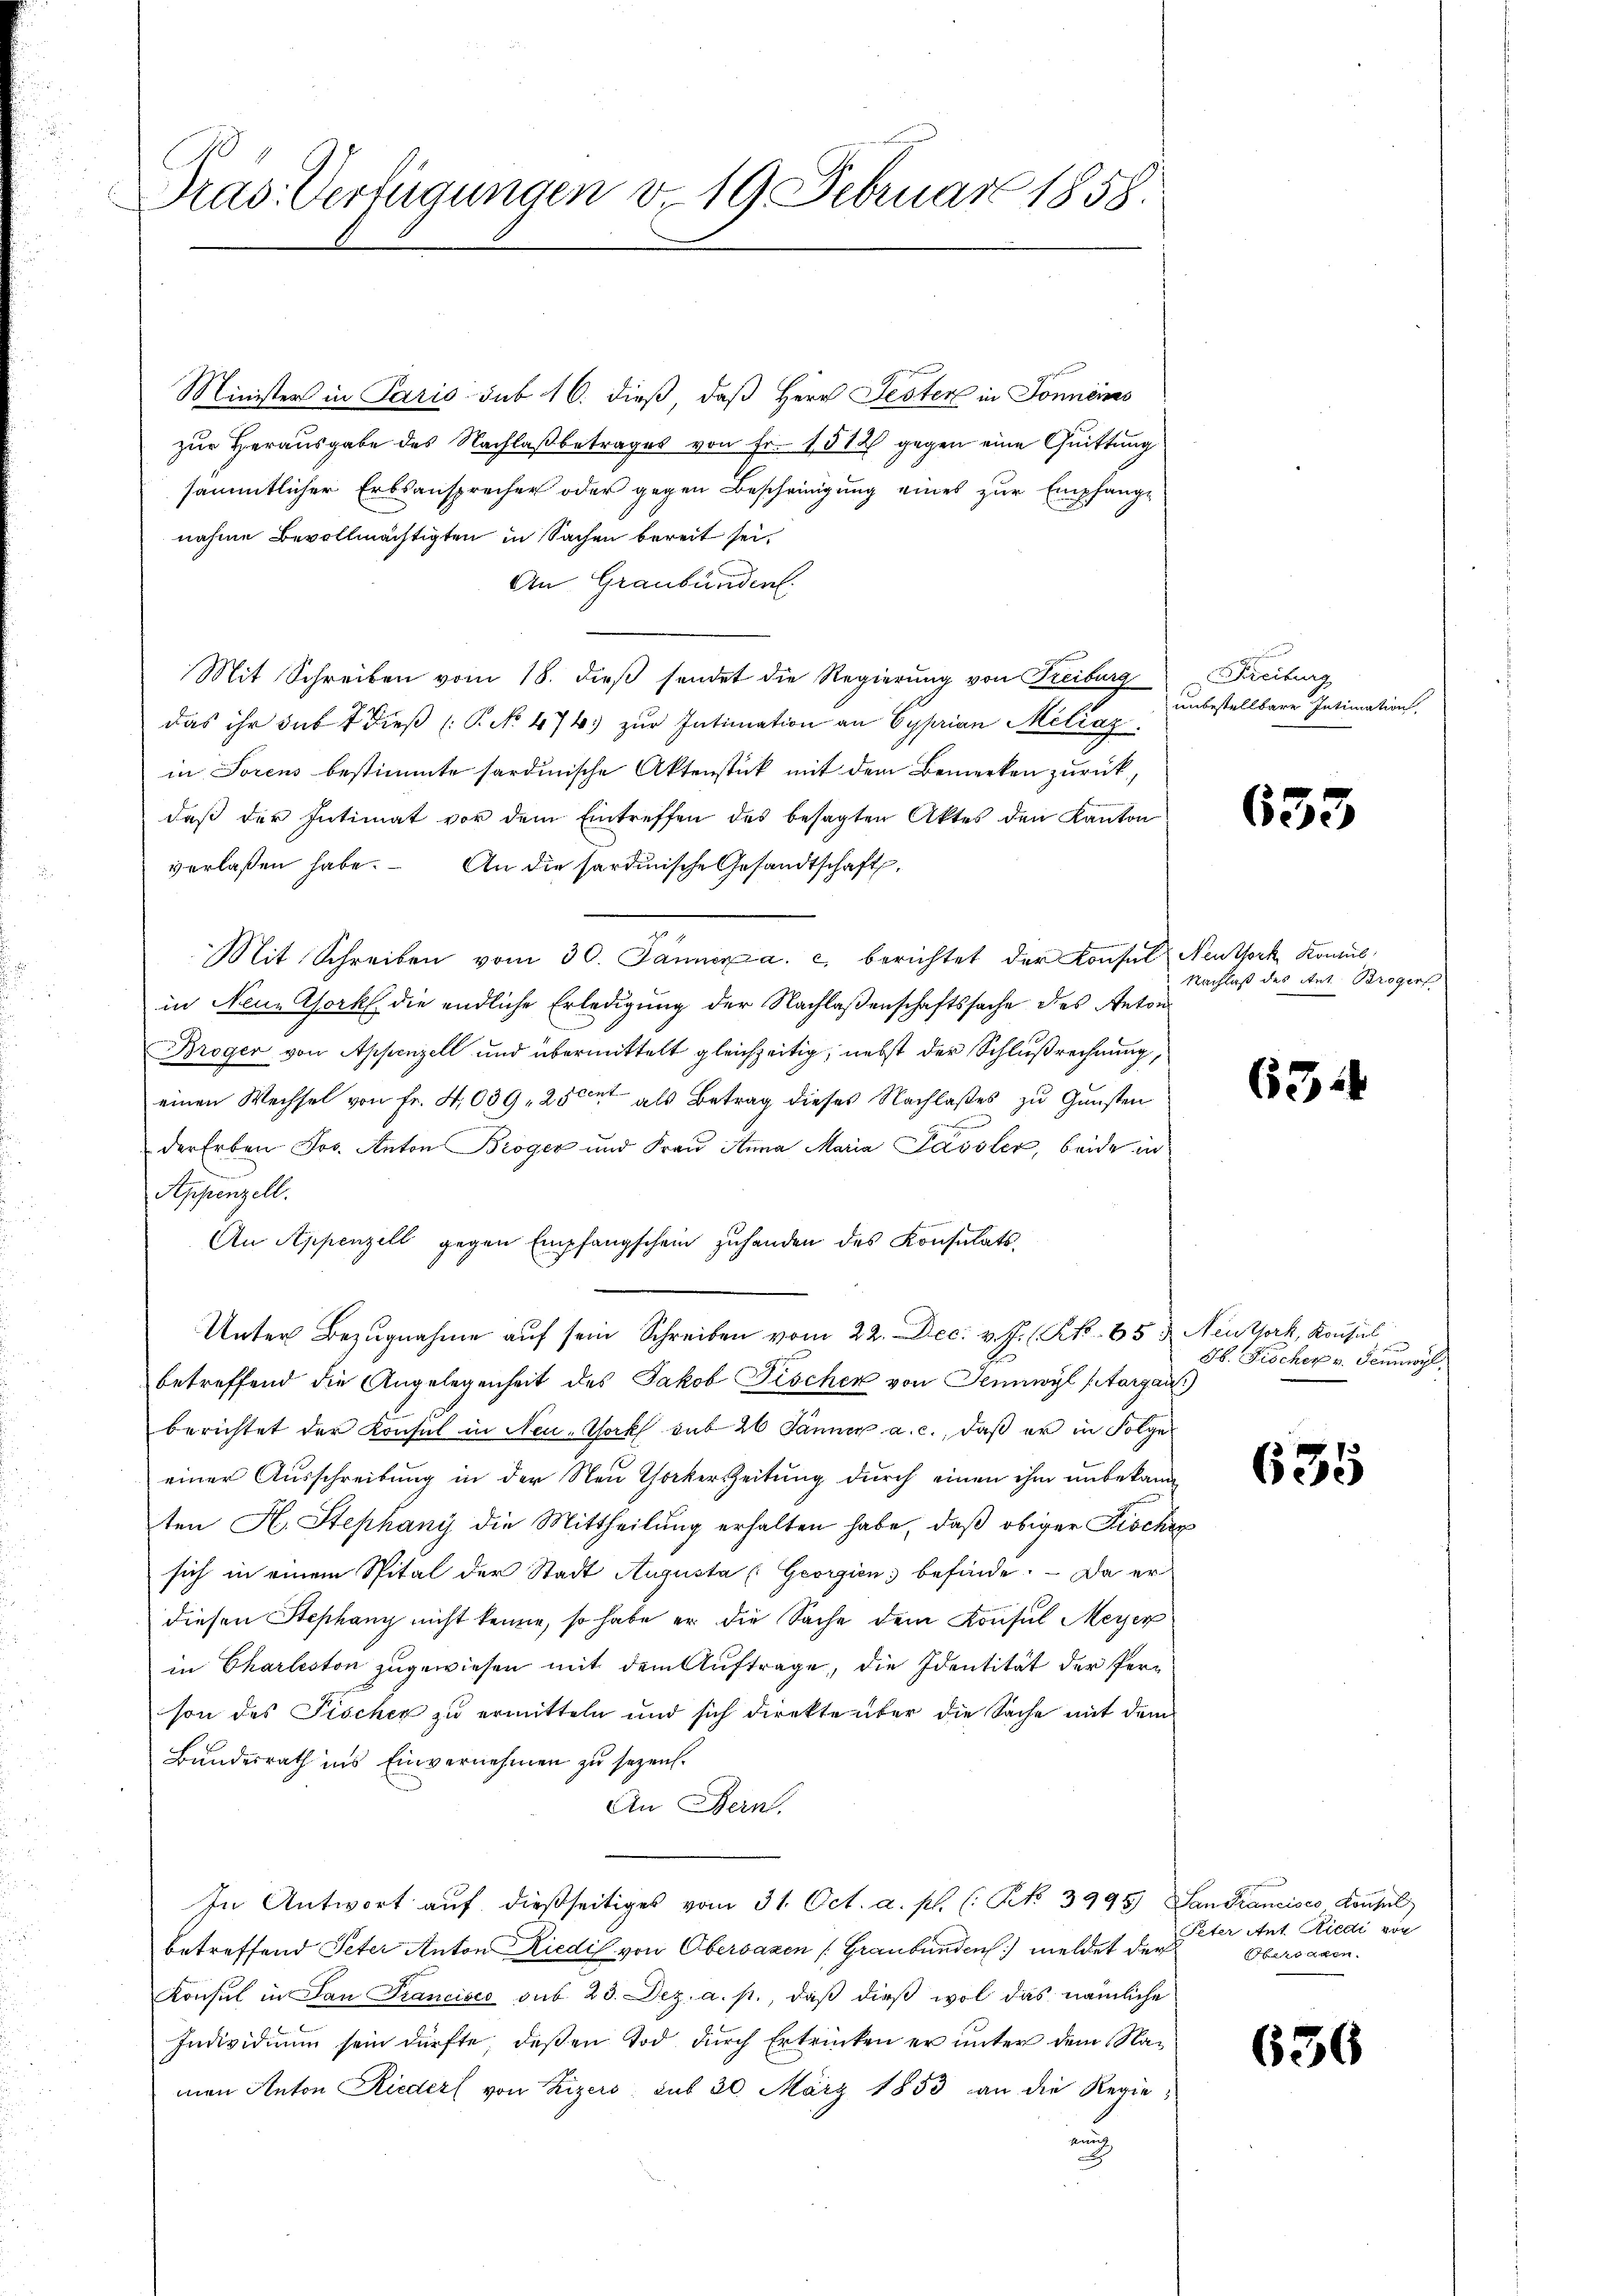
Präs. Verfügungen v. 19 Februar 1858.

Minister in Paris sub 16. dieß, daß Herr Jester in Sonneines
zur Herausgabe des Nachlaß betrages von Fr. 1512 gegen eine Quittung
sämmtlicher Erbsansprecher oder gegen Bescheinigung eines zur Empfange
nahme Bevollmächtigten in Sachen bereit sei.
An Graubünden.
Mit Schreiben vom 18. dieß sendet die Regierung von Treiburg
das ihr sub 1 dieβ (: P. No. 474 zŭr Intimation an Cyprian Miliar.
in Forens bestimmte sardinische Aktenstück mit dem Bemerken zurück,
daß der Intimat vor dem Eintreffen des besagten Aktes den Kanton
verlaßen habe. An die sardinische Gesandtschaft,
Mit Schreiben vom 30. Jänner a. c. berichtet der Konsul Neuthork Komul
in Neue Chork die endliche Erledigung der Nachlaßenschaftssache des Anton
Broger von Appenzell und übermittelt gleichzeitig, nebst der Schlußrechnung,
einen Wechsel von Fr. 4,039, 25 cet als Betrag dieses Nachlaßes zu Gunsten
machen
der Erben Jos. Anton Broger und Frau Anna Maria Passler, beide in
Appenzell.
An Appenzell gegen Empfangschein zŭ handen des Konsulats¬
Unter Bezugnahme auf sein Schreiben vom 22. Dec. v. J. (Kk. 65 u. Neuthork, Konsul
betreffend die Angelegenheit des Jakob Fischen von Sennwyl (Aargau)
berichtet der Konsul in Neu-York sub 26 Jänner a. c., daß er in Folge
einer Ausschreibung in der Neu Thockerszeitung durch einen ihm unbekann
ten H. Stephany die Mittheilung erhalten habe, daß obiger Fischen
sich in einem Spital der Stadt Augusta Georgien befinde. – Da er
diesen Stephang nicht kenne, so habe er die Sache dem Konsul Meyer
in Charleston zugewiesen mit dem Auftrage, die Identität der Person des Fischer zu ermitteln und sich direkte über die Sache mit dem
Bundesrath ins Einvernehmen zu sezen.
An Bern.
In Antwort auf dießseitiges vom 31. Oct. a. p. (: Rk 3995), San Francisco Konsul
betreffend Peter Anton Riedil von Obervazen (Graubünden) meldet der
Konsul in San Francisco sub 23. Dez. a. p., daß dieß wol das nämliche
Individium sein dürfte deßen Tod durch Ertrinken er unter dem Namen Anton Rieder von Zizers, sub 30. März 1853 an die Regiekun
h

Freiburg
unbestellbare Intimation,

633

Nachlaß des Ant. Broger

634

S. Fischer v. Scunwyl,

635

Peter Ant. Riedi von
venann

636